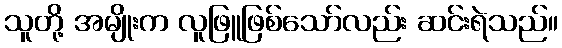
သူတို့ အမျိုးက လူဖြူဖြစ်သော်လည်း ဆင်းရဲသည်။